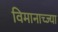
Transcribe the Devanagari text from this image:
विमानाच्ज्या